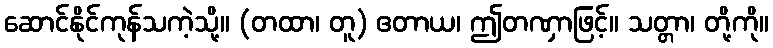
ဆောင်နိုင်ကုန်သကဲ့သို့။ (တထာ၊ တူ) ဧတာယ၊ ဤတဏှာဖြင့်။ သတ္တာ၊ တို့ကို။